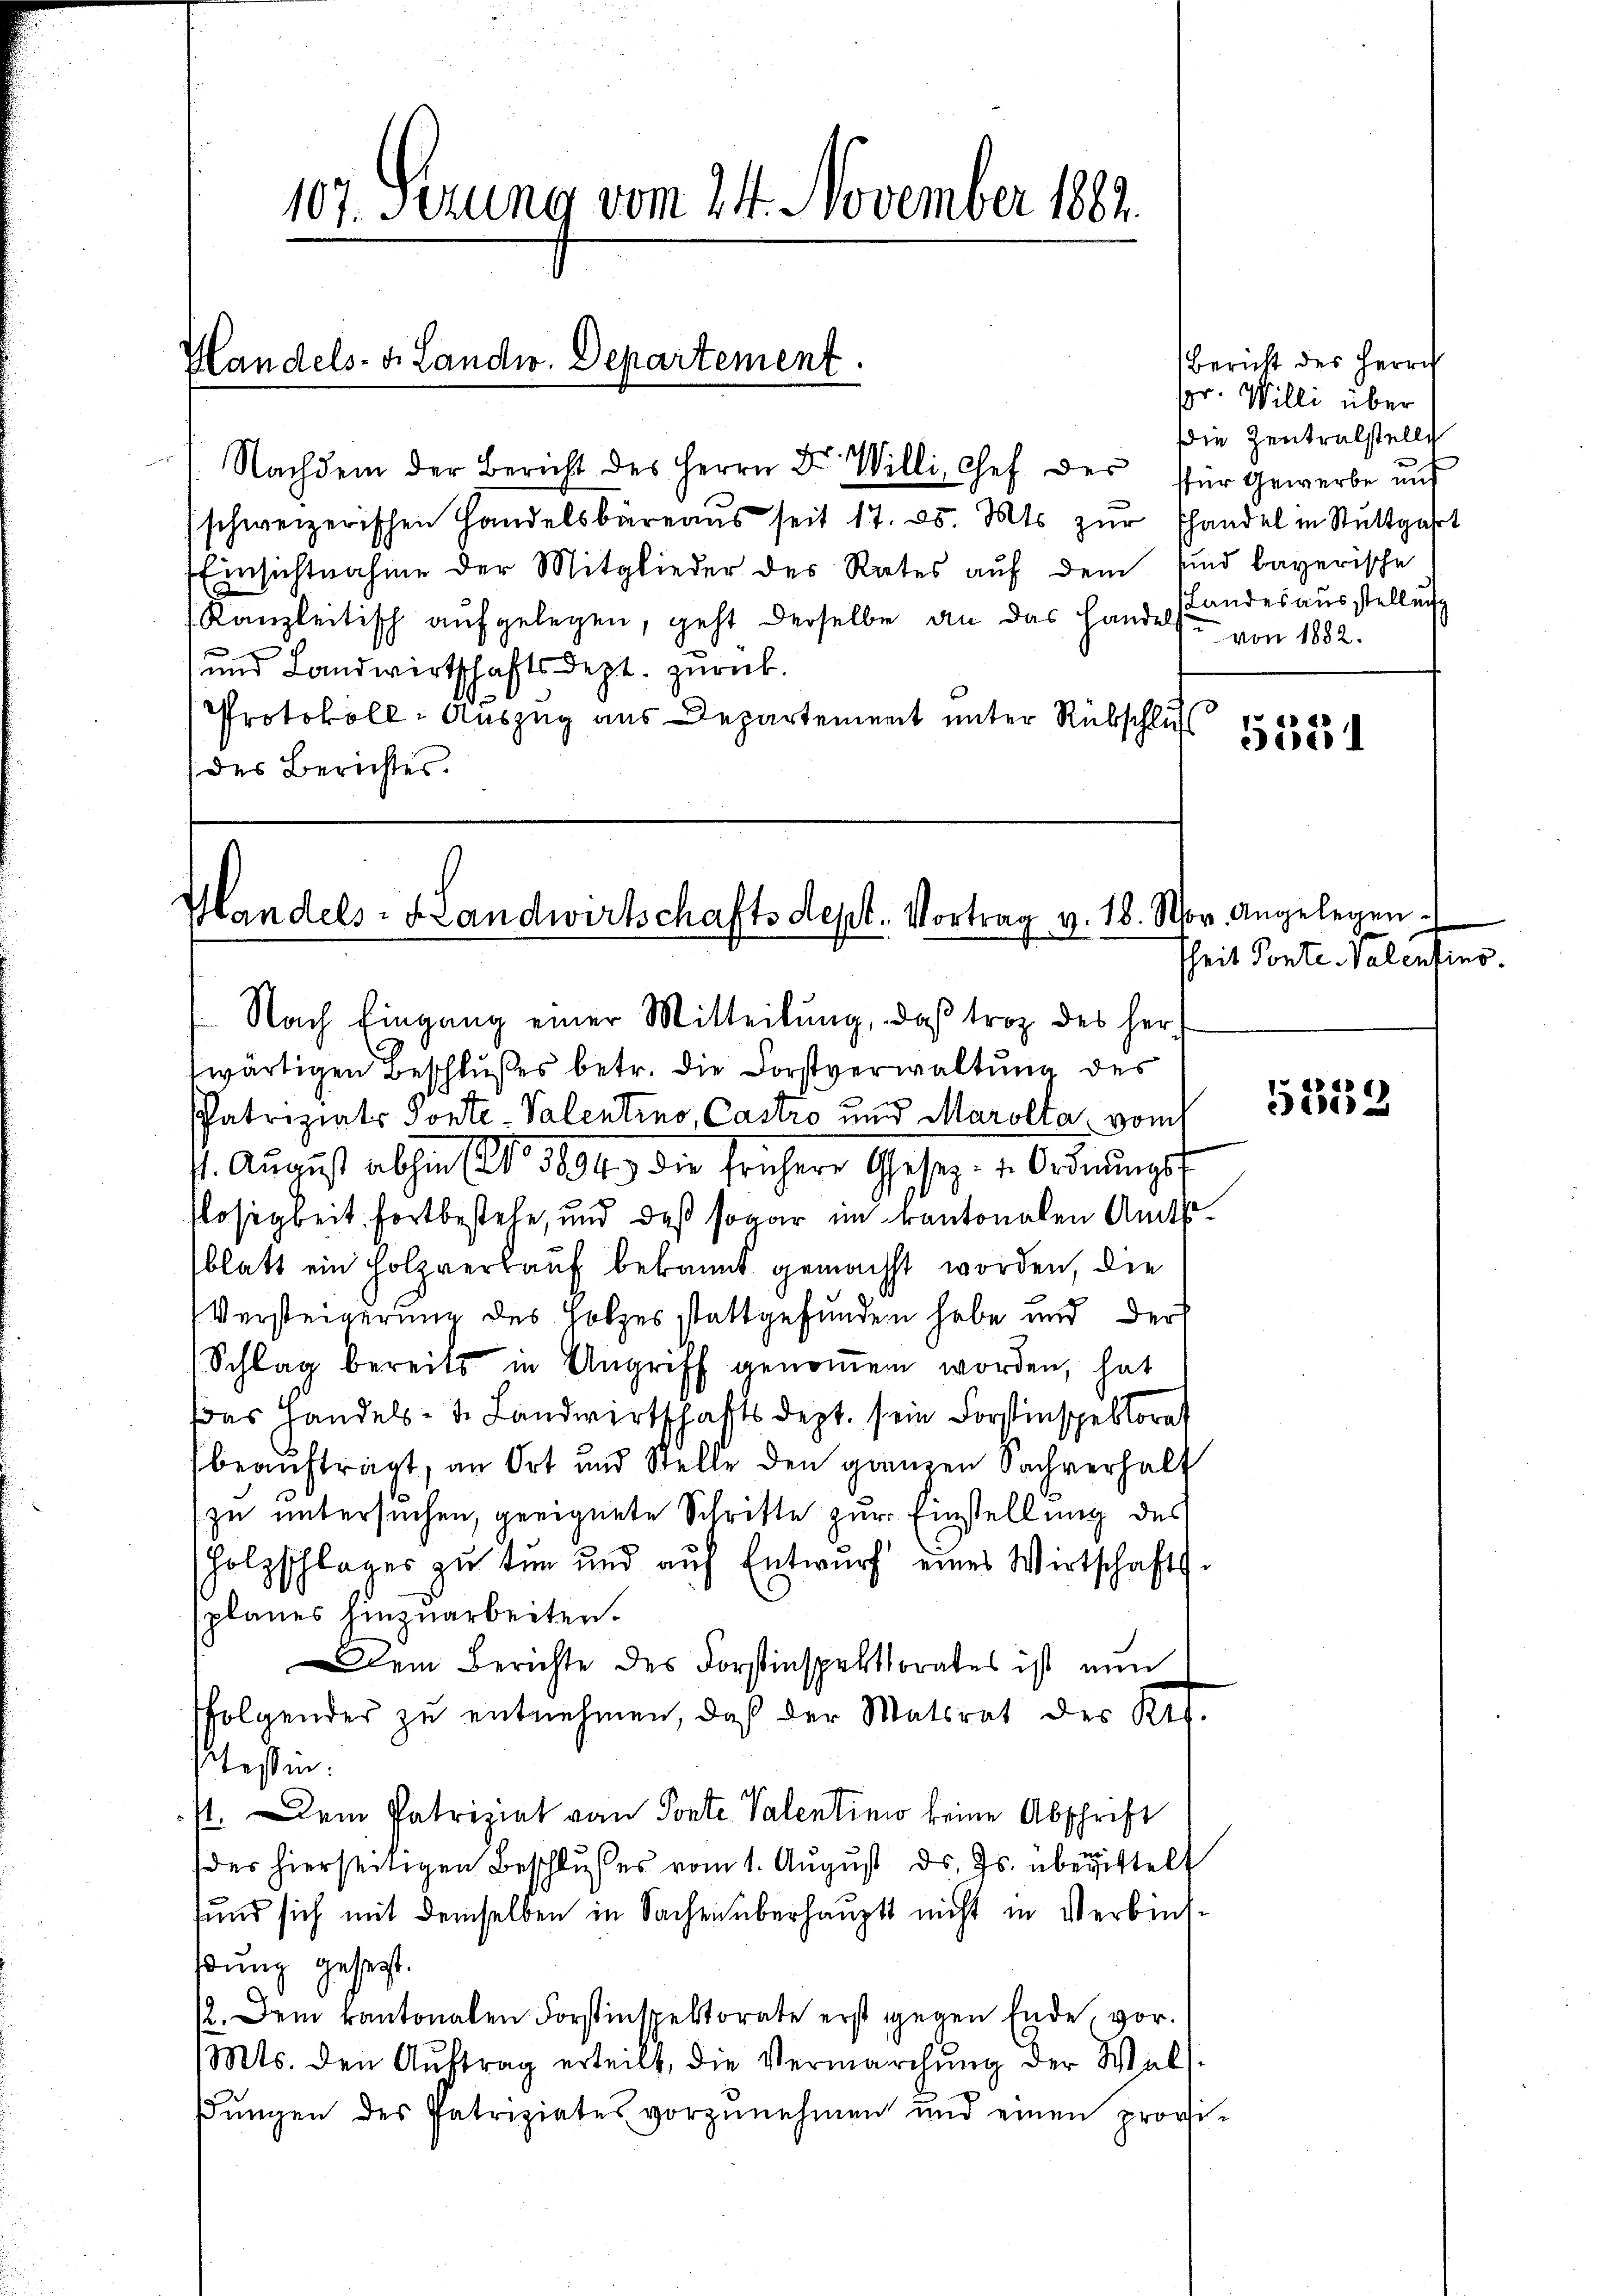
(Nachdem der Bericht des Herrn Dr. Willi, Chef des für Gewerbe und
(schweizerischen Handelsbüreaŭs seit 17. 25. Mts. zŭr Thandel in Stuttgart
Einsichtnahme der Mitglieder des Rates auf dem sind bayerische
Kanzleitisch aŭfgelegen, geht derselbe an das Handelstandesaŭsstellŭng
und Landwirtschaftsdept. zurück.
Protokoll- Auszug aus Departement unter Rückschluss
des Berichtes.

Handels- & Landw. Departement.

107. Sizung vom 24. November 1882.

Handels- Handwirtschaftsdept. Vortrag v. 18. Nov. Angelegen¬

Bericht des Herrn
pr. Willi über
die Zentralstelle
u von 1882.

Nach Eingang einer Mitteilung, daß troz des her-

wärtigen Beschlußes betr. die Forstverwaltung des
Patriziats Ponte-Valentino, Castro und Marolta, vom
. August abhin No 1094. die frühere Gesez. v. Ordnŭngs-
flosigkeit fortbestehe, und daß sogar im kantonalen Amtsblatt ein Holzverkauf bekannt gemacht worden, die
Versteigerung des Holzes stattgefunden habe und der
Schlag bereits in Angriff genoṁen worden, hat
as Handels- 1. Landwirtschaftsdept. sein Forstinspektorat
beaŭftragt, an Ort und Stelle den ganzen Sachverhalt
zu untersuchen, geeignete Schrifte zur Einstellung des
holzschlages zu tun und auf Entwurf eines Wirtschafts-
planes hinzuarbeiten.
Dem Berichte des Forstinspektorates ist nun
ffolgender zu entnehmen, daß der Matsrat des Kts.
Tessin.
st. Dem Patriziat von Ponte Valentinio keine Abschrift
des hierseitigen Beschlŭsses vom 1. Aŭgŭst ds. Js. überittelt
sund sich mit demselben in Sachen überhaupt nicht in Verbindßung gesetzt.
12. Dem kantonalen Forstinspektorate erst gegen Ende vor.
1Mts. den Aŭftrag erteilt, die Vermarchŭng der Walsŭngen des Patriziates vorzŭnehmen und einen provi-

5351

Theit Ponte-Valentins.

5332.